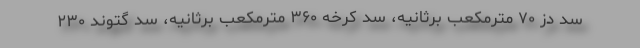
سد دز ۷۰ مترمکعب برثانیه، سد کرخه ۳۶۰ مترمکعب برثانیه، سد گتوند ۲۳۰